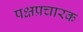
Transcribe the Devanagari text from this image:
पक्षप्रचारक